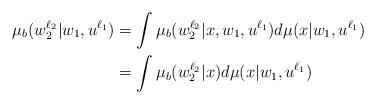
LaTeX: \begin{align*}\mu_b(w_2^{\ell_2}|w_1,u^{\ell_1})&=\int \mu_b(w_{2}^{\ell_2}|x,w_1,u^{\ell_1})d\mu(x|w_1,u^{\ell_1})\\&=\int \mu_b(w_2^{\ell_2}|x)d\mu(x|w_1,u^{\ell_1})\end{align*}